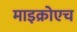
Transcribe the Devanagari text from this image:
माइक्रोएच